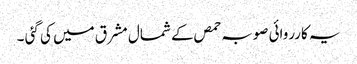
یہ کارروائی صوبہ حمص کے شمال مشرق میں کی گئی ۔